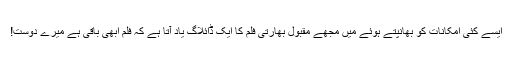
ایسے کئی امکانات کو بھانپتے ہوئے میں مجھے مقبول بھارتی فلم کا ایک ڈائلاگ یاد آتا ہے کہ فلم ابھی باقی ہے میرے دوست!